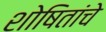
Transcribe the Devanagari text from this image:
शोषितांचे